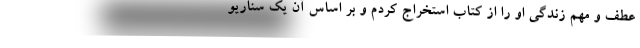
عطف و مهم زندگی او را از کتاب استخراج کردم و بر اساس آن یک سناریو